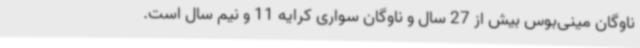
ناوگان مینی‌بوس بیش از 27 سال و ناوگان سواری کرایه 11 و نیم سال است.